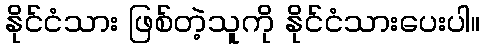
နိုင်ငံသား ဖြစ်တဲ့သူကို နိုင်ငံသားပေးပါ။